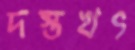
দস্তখৎ